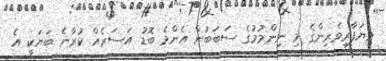
ވިޔަފާރިވެރިންގެ މި ނިންމުމުގެ ސަބަބުން އެންމެ ބޮޑު އަސަރެއް ކުރާނެ ބަޔަކީ އެ